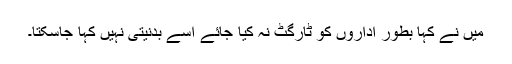
میں نے کہا بطور اداروں کو ٹارگٹ نہ کیا جائے اسے بدنیتی نہیں کہا جاسکتا۔